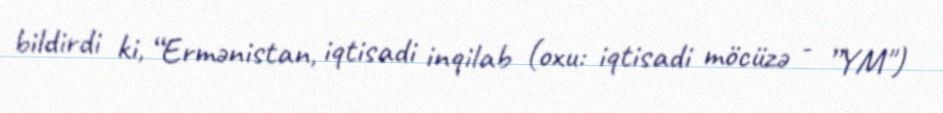
bildirdi ki, “Ermənistan, iqtisadi inqilab (oxu: iqtisadi möcüzə - ”YM")